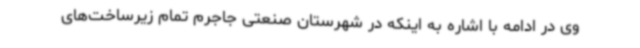
وی در ادامه با اشاره به اینکه در شهرستان صنعتی جاجرم تمام زیرساخت‌های